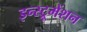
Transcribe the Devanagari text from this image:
इन्‍स्ट्रूमेंशन